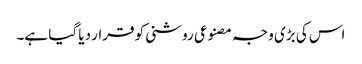
اس کی بڑی وجہ مصنوعی روشنی کو قرار دیا گیا ہے۔